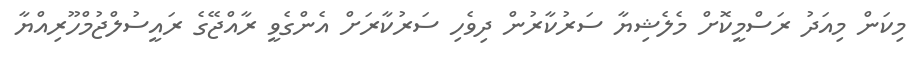
މިކަން މިއަދު ރަސްމީކޮށް މެލެޝިޔާ ސަރުކާރުން ދިވެހި ސަރުކާރަށް އެންގެވީ ރާއްޖޭގެ ރައީސުލްޖުމްހޫރިއްޔާ